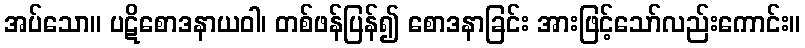
အပ်သော။ ပဋိစောဒနာယဝါ၊ တစ်ဖန်ပြန်၍ စောဒနာခြင်း အားဖြင့်သော်လည်းကောင်း။